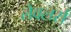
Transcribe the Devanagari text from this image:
लेवलर्स